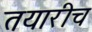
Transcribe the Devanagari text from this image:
तयारीच